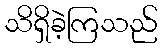
သိရှိခဲ့ကြသည်